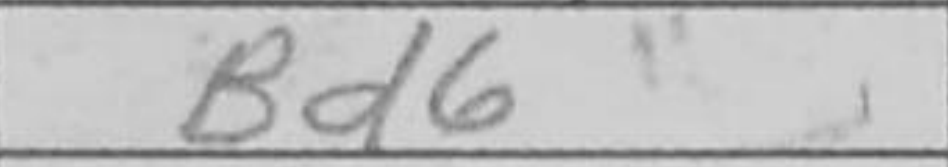
Transcription: Bd6